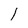
Character: 1